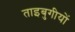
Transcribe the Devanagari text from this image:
ताइबुगीयों